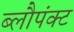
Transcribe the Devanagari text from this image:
ब्लौपंक्ट